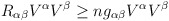
\begin{align*}R_{\alpha\beta}V^{\alpha}V^{\beta} \geq n g_{\alpha\beta} V^{\alpha}V^{\beta}\end{align*}